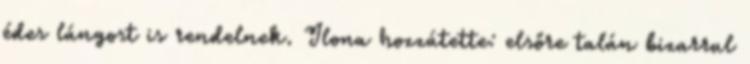
édes lángost is rendelnek. Ilona hozzátette: elsőre talán bizarrul